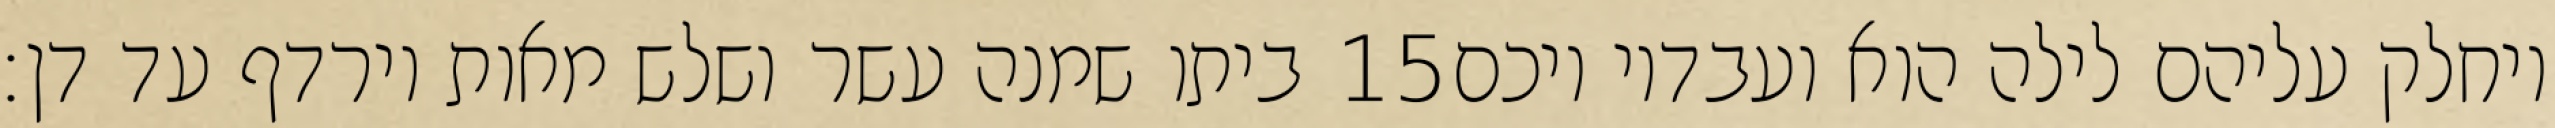
ביתו שמנה עשר ושלש מאות וירדף עד דן׃ ‎15‏ ויחלק עליהם לילה הוא ועבדיו ויכם